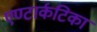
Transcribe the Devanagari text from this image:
एण्टार्कटिका